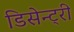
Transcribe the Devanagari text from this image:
डिसेन्ट्री